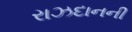
રાઝદાનની